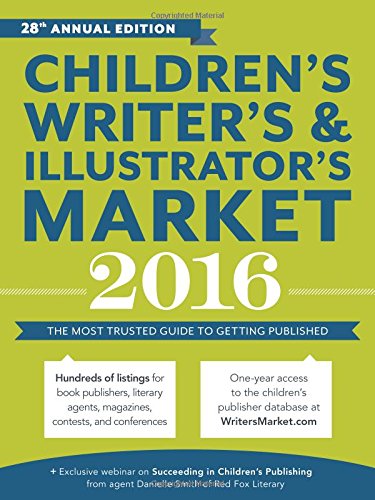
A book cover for Children's Writer's & Illustrator's Market 2016: The Most Trusted Guide to Getting Published; Literature & Fiction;